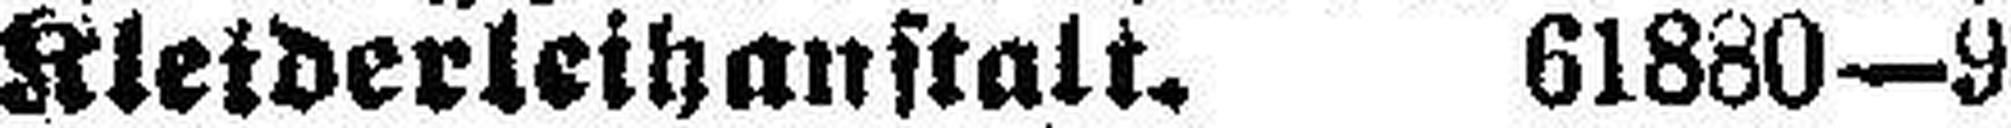
Kleiderleihanstalt. 61880—9